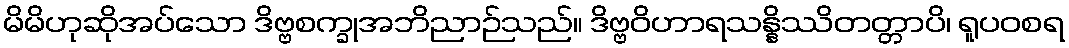
မိမိဟုဆိုအပ်သော ဒိဗ္ဗစက္ခုအဘိညာဉ်သည်။ ဒိဗ္ဗဝိဟာရသန္နိဿိတတ္တာပိ၊ ရူပဝစရ